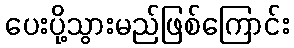
ပေးပို့သွားမည်ဖြစ်ကြောင်း